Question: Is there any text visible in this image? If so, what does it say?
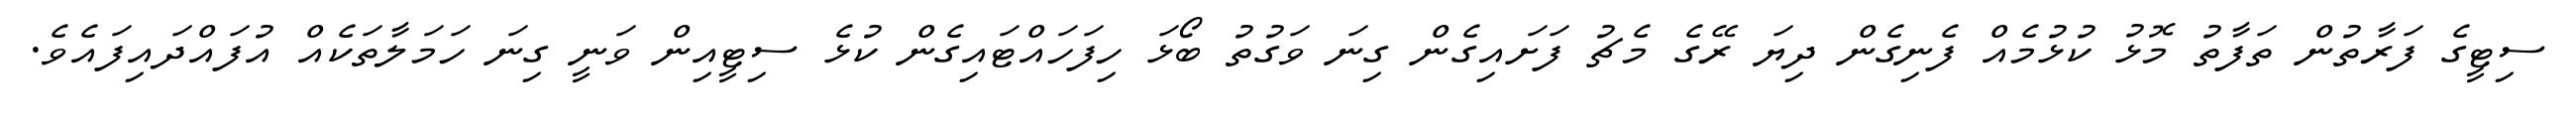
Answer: ސިޓީގެ ފަރާތުން ތަފާތު މޮޅު ކުޅުމެއް ފެނިގެން ދިޔަ ރޭގެ މެޗު ފަށައިގެން ގިނަ ވަގުތު ބޯޅަ ހިފަހައްޓައިގެން ކުޅެ ސިޓީއިން ވަނީ ގިނަ ހަމަލާތަކެއް އުފައްދައިފައެވެ.